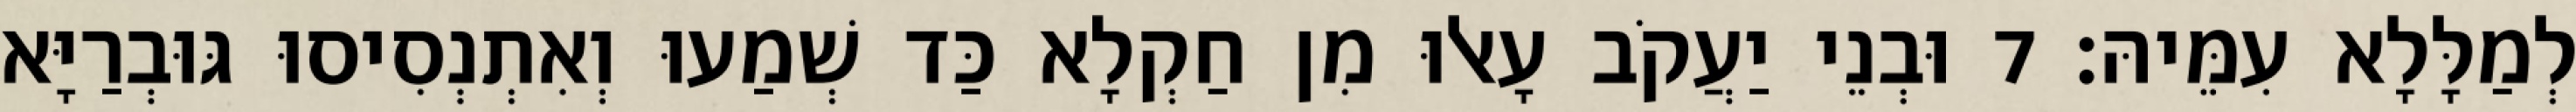
לְמַלָּלָא עִמֵּיהּ׃ 7 וּבְנֵי יַעֲקֹב עָאלוּ מִן חַקְלָא כַּד שְׁמַעוּ וְאִתְנְסִיסוּ גּוּבְרַיָּא